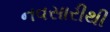
નવસારીથી